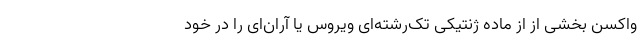
واکسن بخشی از از ماده ژنتیکی تک‌رشته‌ای ویروس یا آران‌ای را در خود